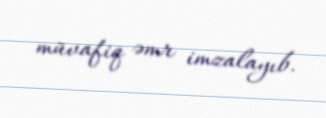
müvafiq əmr imzalayıb.